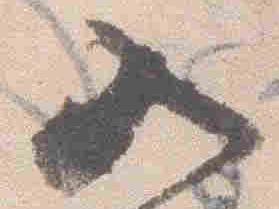
入